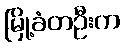
မြို့ခံတဦးက